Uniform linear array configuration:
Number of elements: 64
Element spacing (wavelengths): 0.5
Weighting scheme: kaiser
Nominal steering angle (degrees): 15
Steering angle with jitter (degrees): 13.443
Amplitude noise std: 0.05
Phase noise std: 0.05

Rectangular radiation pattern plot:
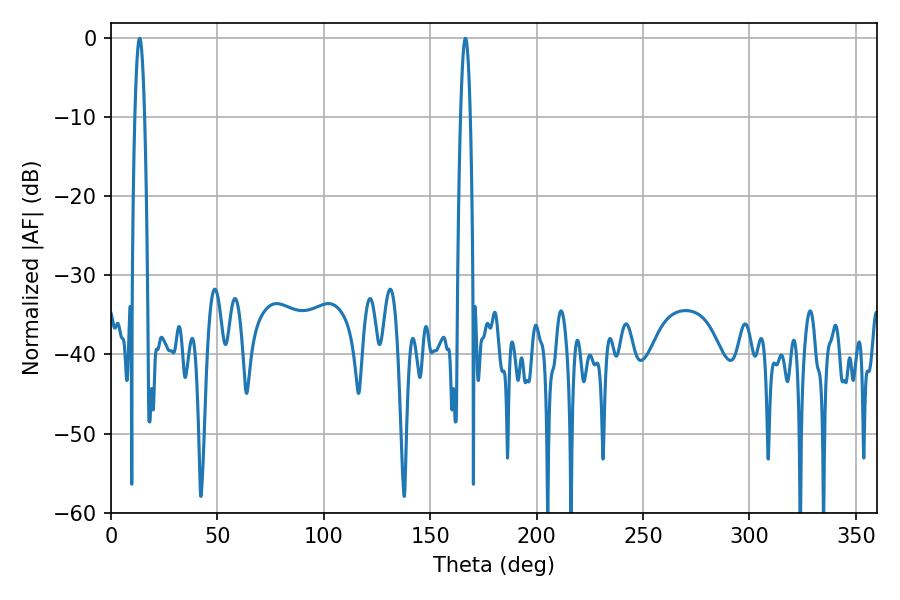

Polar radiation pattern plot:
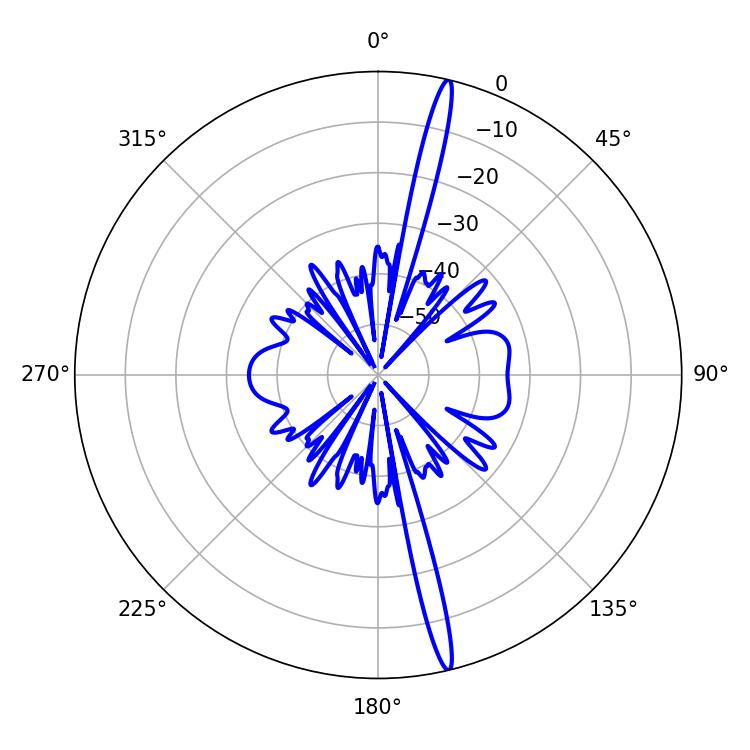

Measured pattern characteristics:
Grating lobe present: FALSE
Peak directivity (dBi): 19.488
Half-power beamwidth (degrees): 2.52
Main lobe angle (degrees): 13.5